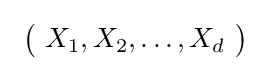
\ {\bigl (}\ X_{1},X_{2},\dots ,X_{d}\ {\bigr )}\